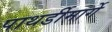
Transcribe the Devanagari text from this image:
पाथर्डीमार्गे